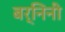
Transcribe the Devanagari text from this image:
बर्निनी